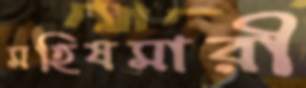
মহিষমারী